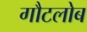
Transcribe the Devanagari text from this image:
गौटलोब